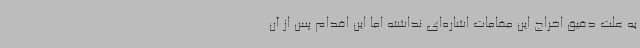
به علت دقیق اخراج این مقامات اشاره‌ای نداشته اما این اقدام پس از آن